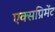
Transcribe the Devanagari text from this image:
एक्सप्रिमेंट